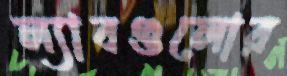
ল্যাবগুলোর